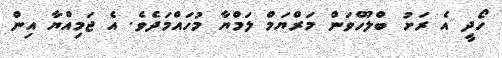
ހޯދީ އެ ރަށު ބްލޫހެވަން މަރްޔަމް ލަމްޔާ މުހައްމަދެވެ. އެ ޖަމިއްޔާ އިން